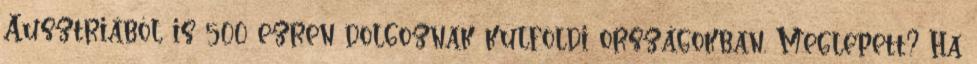
Ausztriából is 500 ezren dolgoznak külföldi országokban. Meglepett? Ha